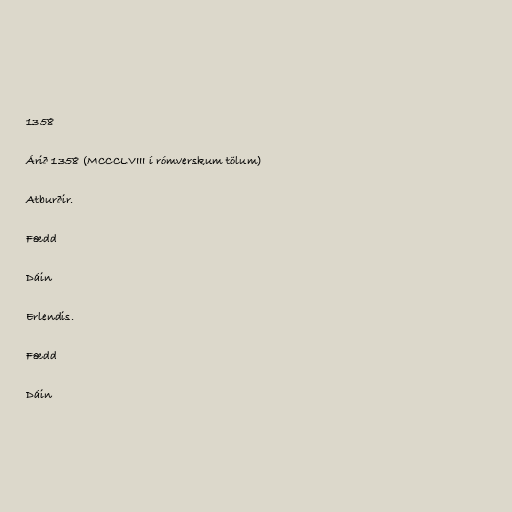
1358

Árið 1358 (MCCCLVIII í rómverskum tölum)

Atburðir.

Fædd

Dáin

Erlendis.

Fædd

Dáin